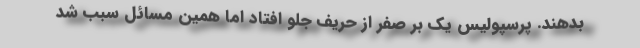
بدهند. پرسپولیس یک بر صفر از حریف جلو افتاد اما همین مسائل سبب شد